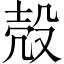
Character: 殻